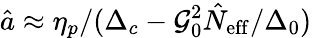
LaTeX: \hat{a}\approx\eta_{p}/(\Delta_{c}-\mathcal{G}_{0}^{2}\hat{N}_{\mathrm{eff}}/\Delta_{0})